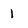
Character: 1